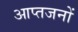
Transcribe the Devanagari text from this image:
आप्तजनों